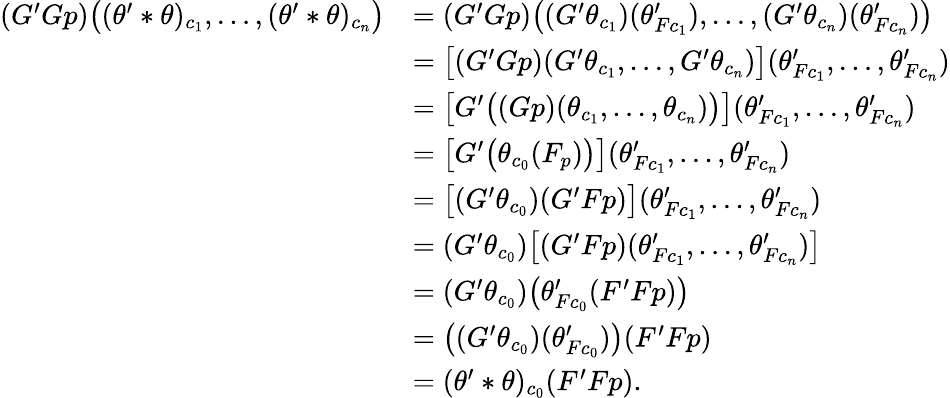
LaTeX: \begin{array}{rl}{(G^{\prime}Gp)\bigl((\theta^{\prime}*\theta)_{c_{1}},\ldots,(\theta^{\prime}*\theta)_{c_{n}}\bigr)}&{=(G^{\prime}Gp)\bigl((G^{\prime}\theta_{c_{1}})(\theta_{Fc_{1}}^{\prime}),\ldots,(G^{\prime}\theta_{c_{n}})(\theta_{Fc_{n}}^{\prime})\bigr)}\\ &{=\bigl[(G^{\prime}Gp)(G^{\prime}\theta_{c_{1}},\ldots,G^{\prime}\theta_{c_{n}})\bigr](\theta_{Fc_{1}}^{\prime},\ldots,\theta_{Fc_{n}}^{\prime})}\\ &{=\bigl[G^{\prime}\bigl((Gp)(\theta_{c_{1}},\ldots,\theta_{c_{n}})\bigr)\bigr](\theta_{Fc_{1}}^{\prime},\ldots,\theta_{Fc_{n}}^{\prime})}\\ &{=\bigl[G^{\prime}\bigl(\theta_{c_{0}}(F_{p})\bigr)\bigr](\theta_{Fc_{1}}^{\prime},\ldots,\theta_{Fc_{n}}^{\prime})}\\ &{=\bigl[(G^{\prime}\theta_{c_{0}})(G^{\prime}Fp)\bigr](\theta_{Fc_{1}}^{\prime},\ldots,\theta_{Fc_{n}}^{\prime})}\\ &{=(G^{\prime}\theta_{c_{0}})\bigl[(G^{\prime}Fp)(\theta_{Fc_{1}}^{\prime},\ldots,\theta_{Fc_{n}}^{\prime})\bigr]}\\ &{=(G^{\prime}\theta_{c_{0}})\bigl(\theta_{Fc_{0}}^{\prime}(F^{\prime}Fp)\bigr)}\\ &{=\bigl((G^{\prime}\theta_{c_{0}})(\theta_{Fc_{0}}^{\prime})\bigr)(F^{\prime}Fp)}\\ &{=(\theta^{\prime}*\theta)_{c_{0}}(F^{\prime}Fp).}\end{array}